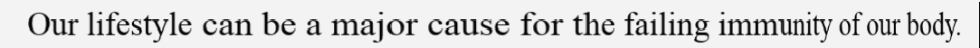
Our lifestyle can be a major cause for the failing immunity of our body.